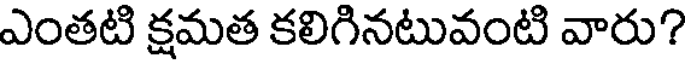
ఎంతటి క్షమత కలిగినటువంటి వారు?